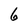
Character: 6